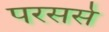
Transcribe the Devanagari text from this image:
परसर्स